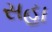
સહા